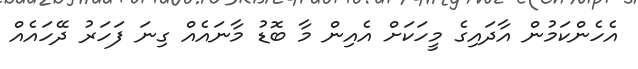
އެހެންކަމުން އާދައިގެ މީހަކަށް އެއިން މާ ބޮޑު މާނައެއް ގިނަ ފަހަރު ދޭހައެއް